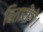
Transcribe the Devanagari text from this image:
बितायेंगे।